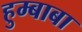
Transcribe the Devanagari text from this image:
हुम्बाबा